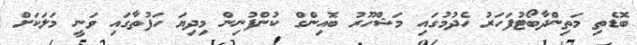
ބޮޑެތި މަތިންދާބޯޓުފަހަރު ހެދުމުގައި މަޝްހޫރު ބޮއިންގް ކުންފުނިން މިދިޔަ ހަފުތާގައި ވަނީ މަލަކަށް